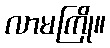
လာမကြို။